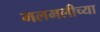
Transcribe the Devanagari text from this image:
मलमलीच्या